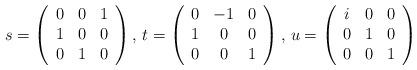
LaTeX: \begin{align*}s=\left(\begin{array}{ccc}0 & 0 & 1\\1 & 0 & 0\\0 & 1 & 0\end{array}\right),\,t=\left(\begin{array}{ccc}0 & -1 & 0\\1 & 0 & 0\\0 & 0 & 1\end{array}\right),\, u=\left(\begin{array}{ccc}i & 0 & 0\\0 & 1 & 0\\0 & 0 & 1\end{array}\right)\end{align*}